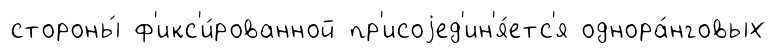
стороны́ ф'икс'и́рованной пр'исоjед'ин'я́етс'я однора́нговых